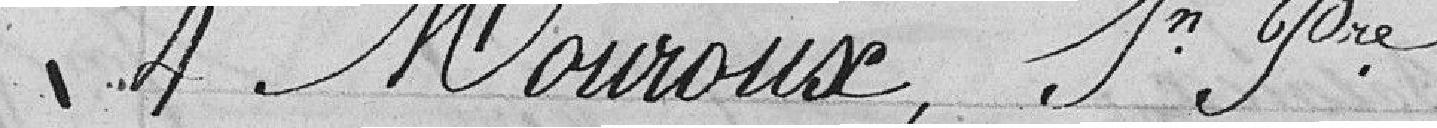
4 Mouroux, Jean Pierre